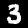
Label: 3